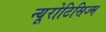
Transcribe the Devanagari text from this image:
न्यूरोटिसिज्म